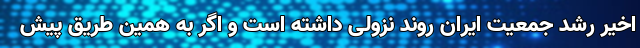
اخیر رشد جمعیت ایران روند نزولی داشته است و اگر به همین طریق پیش